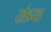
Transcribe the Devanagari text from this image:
खंडया